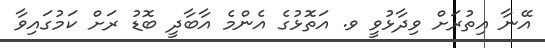
އޭނާ އިތުރަށް ވިދާޅުވީ ވ. އަތޮޅުގެ އެންމެ އާބާދީ ބޮޑު ރަށް ކަމުގައިވާ